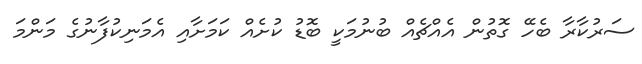
ސަރުކާރާ ބެހޭ ގޮތުން އެއްޗެއް ބުނުމަކީ ބޮޑު ކުށެއް ކަމަށާއި އެމަނިކުފާނުގެ މަންމަ